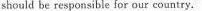
should be responsible for our country.